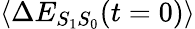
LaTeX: \langle\Delta E_{S_{1}S_{0}}(t=0)\rangle